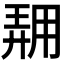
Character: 𱰟